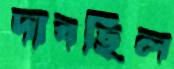
দাবছিল